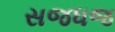
સજધજ